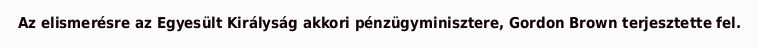
Az elismerésre az Egyesült Királyság akkori pénzügyminisztere, Gordon Brown terjesztette fel.